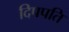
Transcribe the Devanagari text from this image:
दिपपति